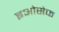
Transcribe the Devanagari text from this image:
इओसेफ